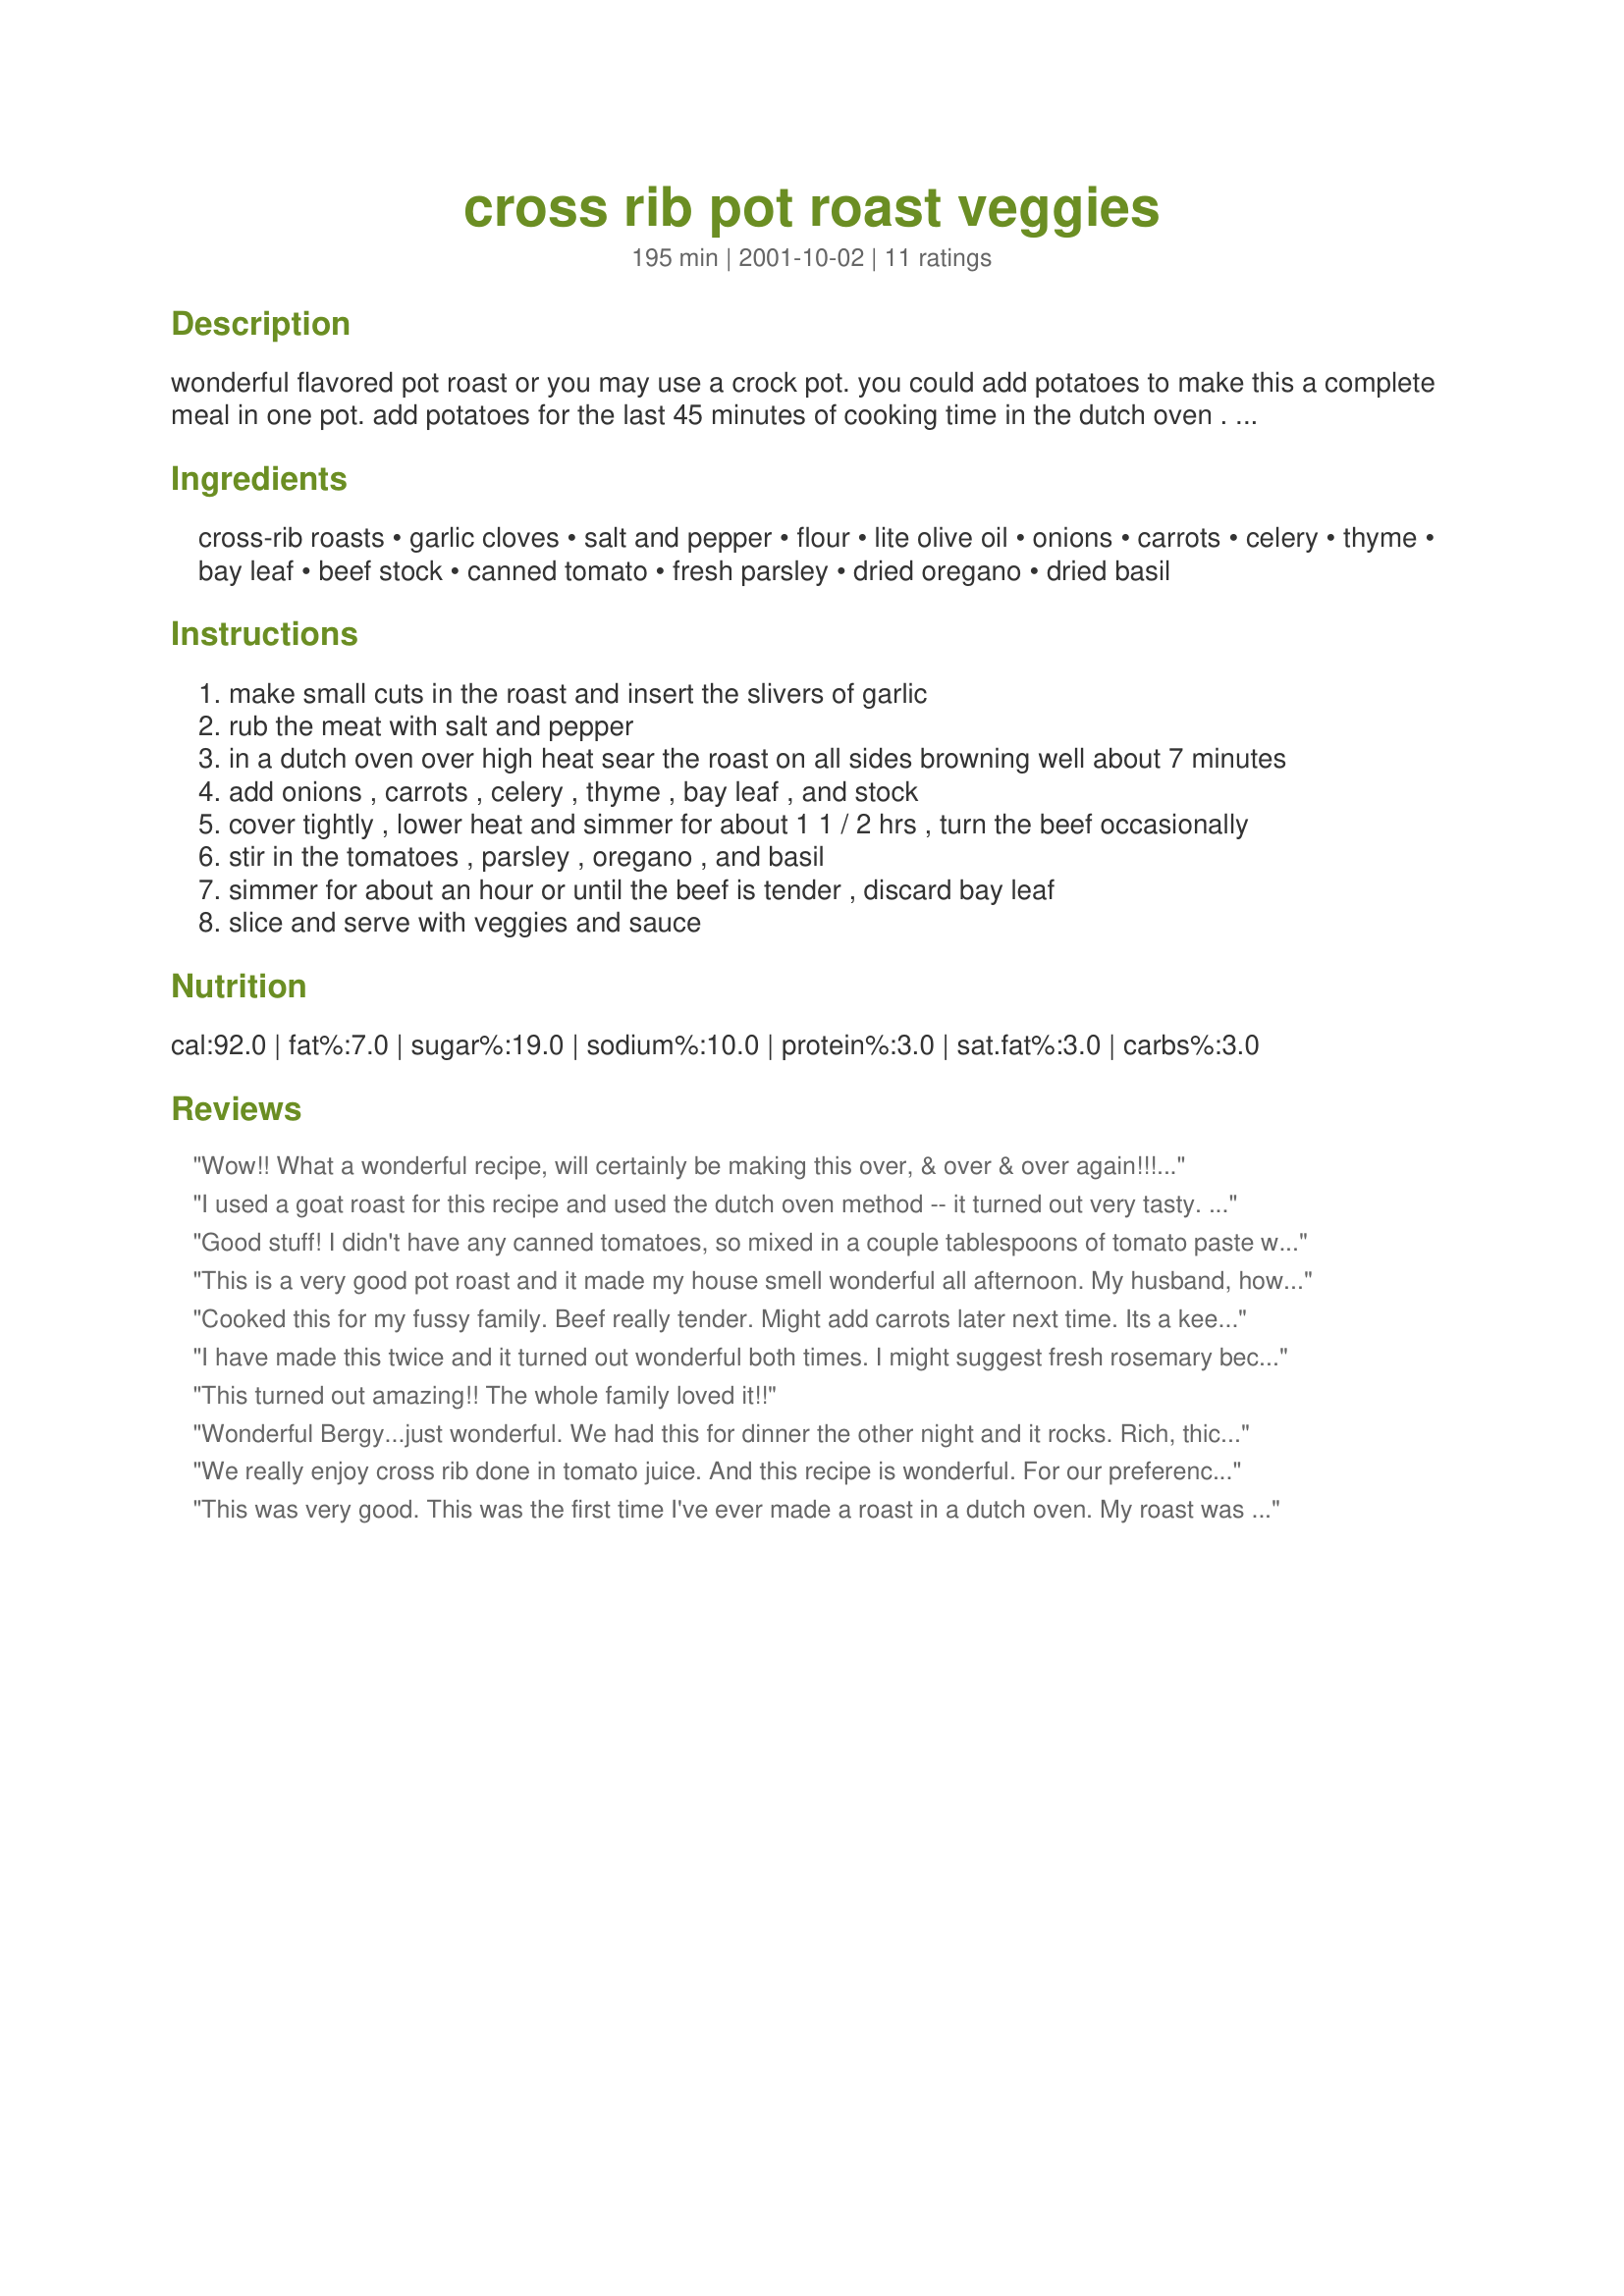
cross rib pot roast veggies
Preparation time: 195 minutes

wonderful flavored pot roast or you may use a crock pot. you could add potatoes to make this a complete meal in one pot. add potatoes for the last 45 minutes of cooking time in the dutch oven . if you are using a crock pot allow5 1/2 hours on low put your veggies (including potatoes) on the bottom of the crock pot put roast on top, turn roast after 3 hours and baste with sauce. i prefer doing this recipe in a dutch oven .

Ingredients:
cross-rib roasts, garlic cloves, salt and pepper, flour, lite olive oil, onions, carrots, celery, thyme, bay leaf, beef stock, canned tomato, fresh parsley, dried oregano, dried basil

Steps:
make small cuts in the roast and insert the slivers of garlic
rub the meat with salt and pepper
in a dutch oven over high heat sear the roast on all sides browning well about 7 minutes
add onions , carrots , celery , thyme , bay leaf , and stock
cover tightly , lower heat and simmer for about 1 1 / 2 hrs , turn the beef occasionally
stir in the tomatoes , parsley , oregano , and basil
simmer for about an hour or until the beef is tender , discard bay leaf
slice and serve with veggies and sauce

Reviews:
Wow!! What a wonderful recipe, will certainly be making this over, & over & over again!!! A real hit with family & company!!
I used a goat roast for this recipe and used the dutch oven method -- it turned out very tasty. I think I will use the crockpot the next time though, as that method just seems easier to me. Thank you for sharing!
Good stuff! I didn't have any canned tomatoes, so mixed in a couple tablespoons of tomato paste with the beef broth instead. I used italian seasoning in place of the thyme, oregano and basil (since those are the main ingredients in the seasononing mixture). I don't think my subs would have changed the outcome of the posted recipe very much, so giving it 5 stars as-is -- super yummy dinner!
This is a very good pot roast and it made my house smell wonderful all afternoon. My husband, however, doesn't think tomatoes belong in a pot roast. I did cut the thyme and oregano to 1/2 tsp. each and was glad that I did. I used the beef broth and the 'gravy' was very good. The veg gets very overdone but it does flavour the gravy nicely. I put the potatoes in 45 minutes before the end and they were perfect. I used small potatoes in their skins. Thanks for sharing your recipe.
Cooked this for my fussy family. Beef really tender. Might add carrots later next time. Its a keeper. Thank you.
I have made this twice and it turned out wonderful both times. I might suggest fresh rosemary because the dried herbs tend to get harder when cooking at 450.
This turned out amazing!! The whole family loved it!!
Wonderful Bergy...just wonderful. We had this for dinner the other night and it rocks. Rich, thick gravy with vegetables, juicy, tender, flavourful roast. I will definitely be making this dish again and again. Thank you for sharing.
We really enjoy cross rib done in tomato juice. And this recipe is wonderful. For our preferences...next time I will leave out the herbs as it was almost like a spaghetti sauce flavour...not what I was looking for. But I should have known when I read the ingreds. I used my stick blender to make it more like a gravy and served it with yorkshire pudding. Thank you, Bergy for sharing this great recipe. I will be making this again.
This was very good. This was the first time I've ever made a roast in a dutch oven. My roast was a little dry, I evidently over cooked it a little. The flavor was still very good. I strained the vege's and made gravy for the meat and mashed potatoes. Very flavorful. Thanks, Bergy!
I need 10 stars for this one, Bergy. The thyme really added to the flavor--I used twice as much as indicated, since crock pot cooking depletes spices. Left out the tomatoes, but added potatoes as you directed. DELICIOUS Sunday dinner. Made for One Dish Wonders in Cooking Photos.
